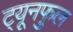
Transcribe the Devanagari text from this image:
ट्यूनफुल